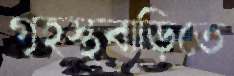
গৃহস্থবাড়িতে